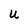
Character: U